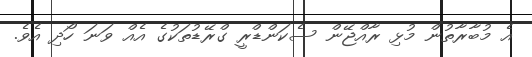
އެ މުބާރާތުން މުޅި ރާއްޖޭން ސެކަންޑްރީ ގްރޭޑުތަކުގެ އެއް ވަނަ ހޯދި އެވެ.